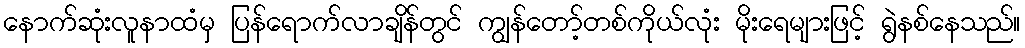
နောက်ဆုံးလူနာထံမှ ပြန်ရောက်လာချိန်တွင် ကျွန်တော့်တစ်ကိုယ်လုံး မိုးရေများဖြင့် ရွဲနစ်နေသည်။